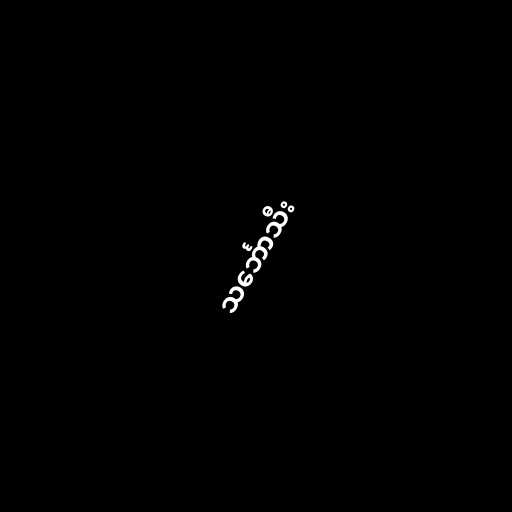
သင်္ဘောသီး